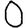
Digit: 0